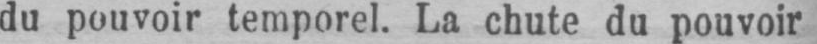
du pouvoir temporel. La chute du pouvoir